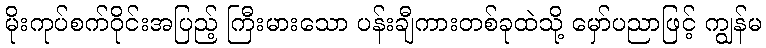
မိုးကုပ်စက်ဝိုင်းအပြည့် ကြီးမားသော ပန်းချီကားတစ်ခုထဲသို့ မှော်ပညာဖြင့် ကျွန်မ